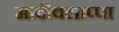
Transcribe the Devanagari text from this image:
मादीवलाप्पा